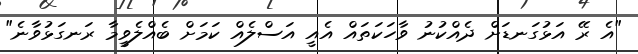
"އެ ރޭ އަޅުގަނޑަށް ދެއްކުނު ވާހަކަތައް އެއީ އަސްލެއް ކަމަށް ބެއްލެވީމާ ރަނގަޅުވާނެ"